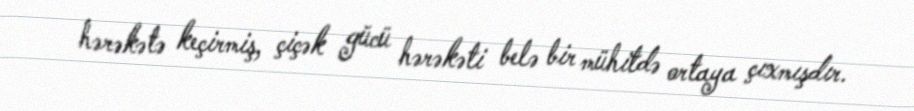
hərəkətə keçirmiş, çiçək gücü hərəkəti belə bir mühitdə ortaya çıxmışdır.